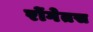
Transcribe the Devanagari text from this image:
रोंगेतस